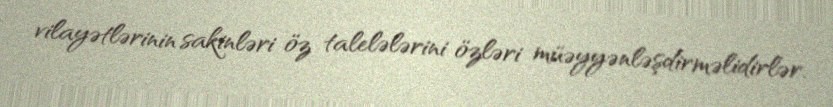
vilayətlərinin sakinləri öz talelələrini özləri müəyyənləşdirməlidirlər.